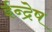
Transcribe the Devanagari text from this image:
ईन्द्रेष